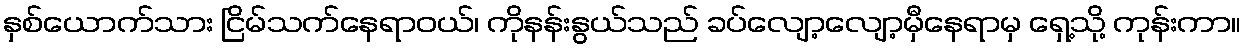
နှစ်ယောက်သား ငြိမ်သက်နေရာဝယ်၊ ကိုနန်းနွယ်သည် ခပ်လျော့လျော့မှီနေရာမှ ရှေ့သို့ ကုန်းကာ။